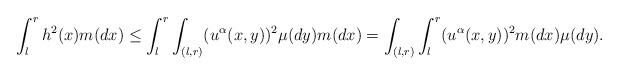
LaTeX: \begin{align*}\int_l^r h^2(x)m(dx)\leq \int_l^r \int_{(l,r)} (u^{\alpha}(x,y))^2 \mu(dy)m(dx)=\int_{(l,r)} \int_l^r (u^{\alpha}(x,y))^2 m(dx)\mu(dy).\end{align*}